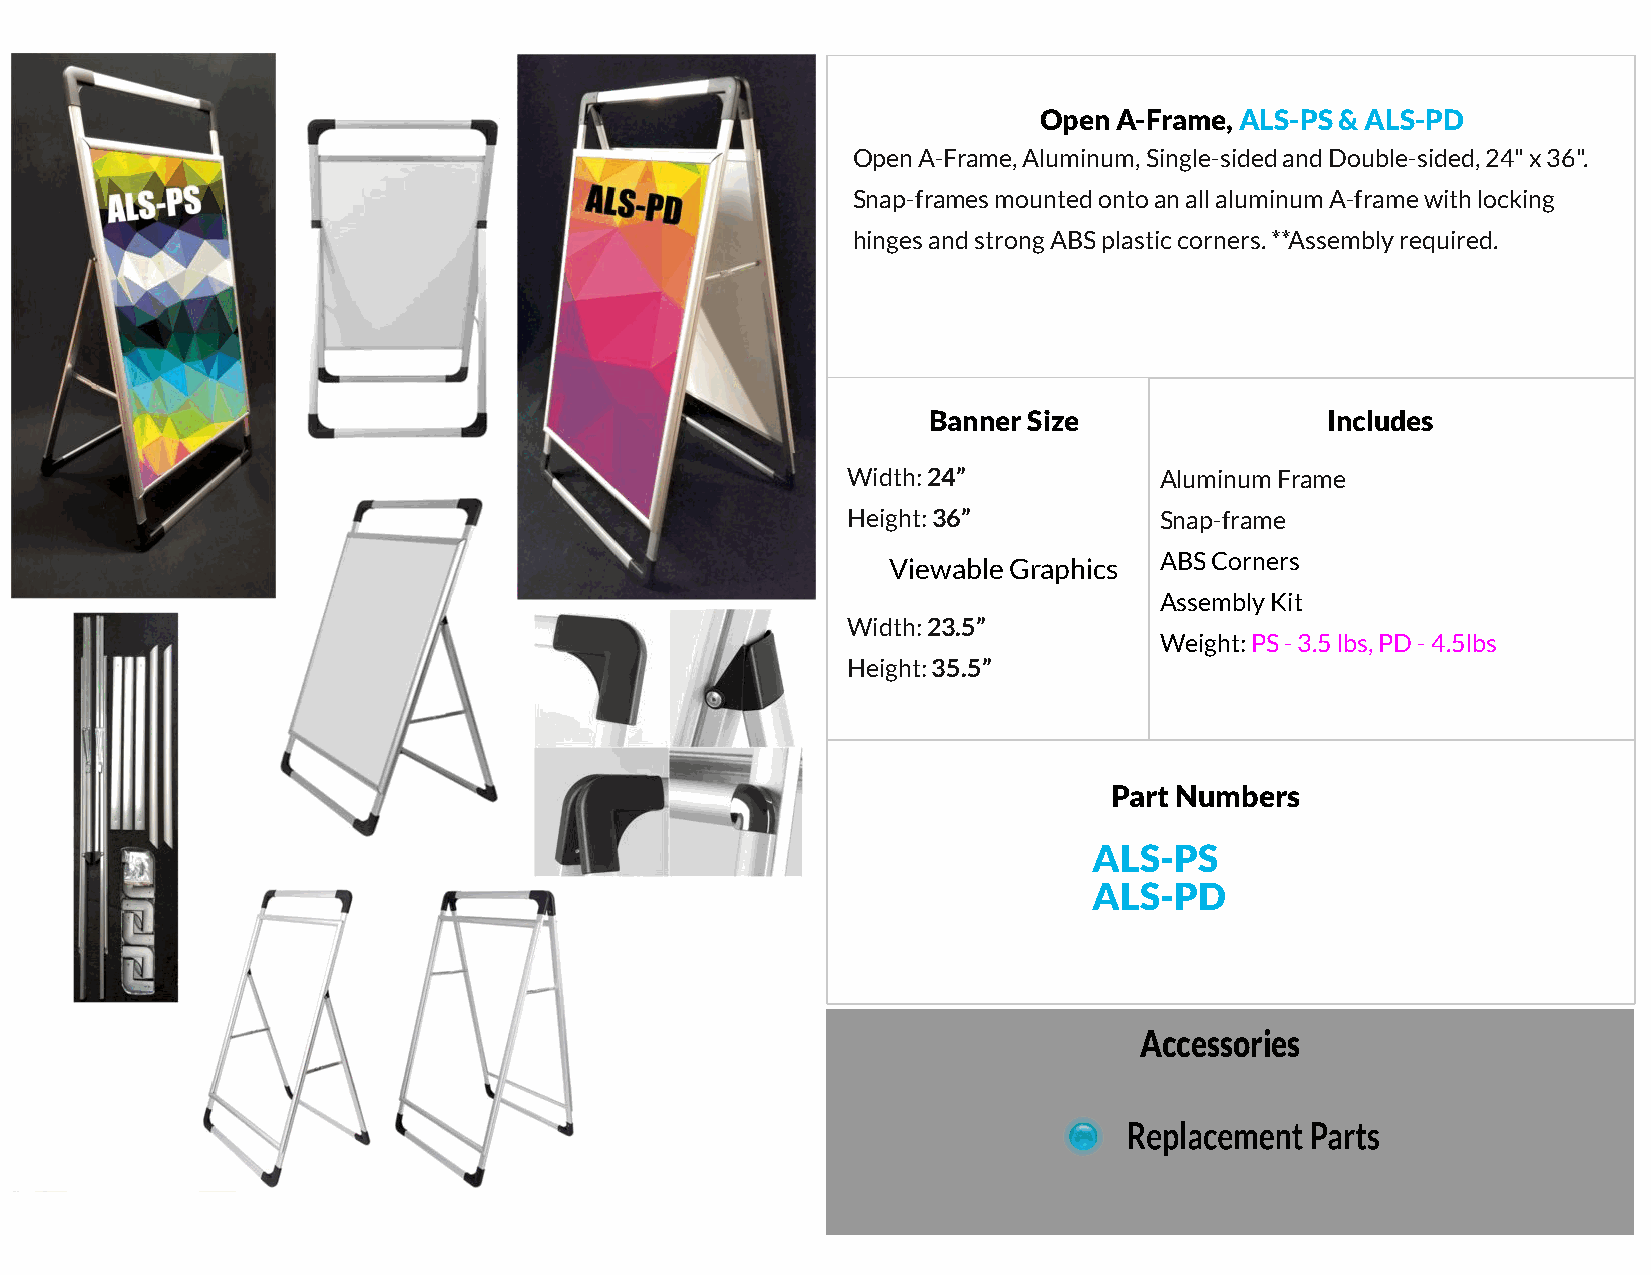
Open A-Frame, ALS-PS & ALS-PD
 Open A-Frame, Aluminum, Single-sided and Double-sided, 24" x 36".
 Snap-frames mounted onto an all aluminum A-frame with locking
 hinges and strong ABS plastic corners. **Assembly required.
 Banner Size                Includes
 Width: 24”           Aluminum Frame
 Height: 36”          Snap-frame
 Viewable Graphics ABS Corners
 Assembly Kit
 Width: 23.5”
 Weight: PS - 3.5 lbs, PD - 4.5lbs
 Height: 35.5”
 Part Numbers
 ALS-PS
 ALS-PD
 Accessories